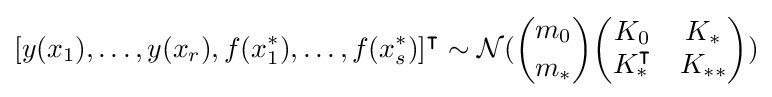
[y(x_{1}),\ldots ,y(x_{r}),f(x_{1}^{*}),\ldots ,f(x_{s}^{*})]^{\intercal }\sim {\mathcal {N}}({\binom {m_{0}}{m_{*}}}{\begin{pmatrix}K_{0}&K_{*}\\K_{*}^{\intercal }&K_{**}\end{pmatrix}})